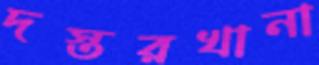
দস্তরখানা